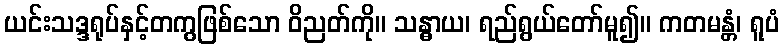
ယင်းသဒ္ဒရုပ်နှင့်တကွဖြစ်သော ဝိညတ်ကို။ သန္ဓာယ၊ ရည်ရွယ်တော်မူ၍။ ကတမန္တံ၊ ရူပံ